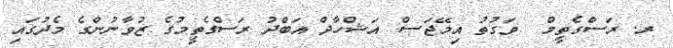
ރ. ރަސްގެތީމް  ވަގުތު އިމޭޖަސް: އަޝްހާދް އަބްދު ރަސްގެތީމުގެ ޒުވާނުންގެ މެދުގައި